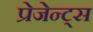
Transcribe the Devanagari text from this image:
प्रेजेन्ट्स